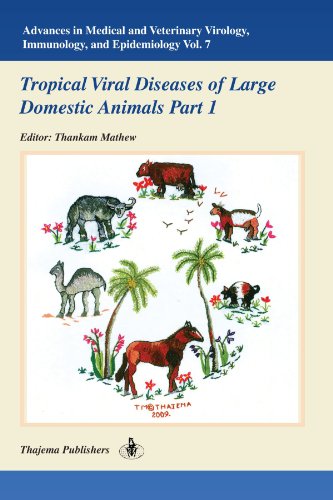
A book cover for Advances in Medical and Veterinary Virology, Immunology, and Epidemiology- Vol. 7: Tropical Viral Diseases of Large Domestic Animals- Part 1; Thankam/ Thajema Mathew; Medical Books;